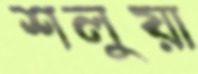
শলুয়া